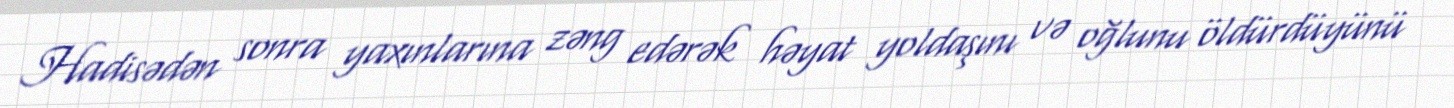
Hadisədən sonra yaxınlarına zəng edərək həyat yoldaşını və oğlunu öldürdüyünü